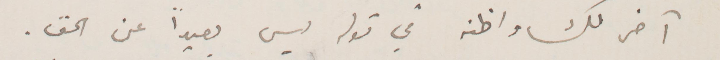
آخر لك واظنه في قوله ليس بعيدًا عن الحق